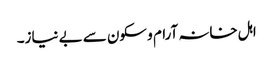
اہل خانہ آرام و سکون سے بے نیاز۔